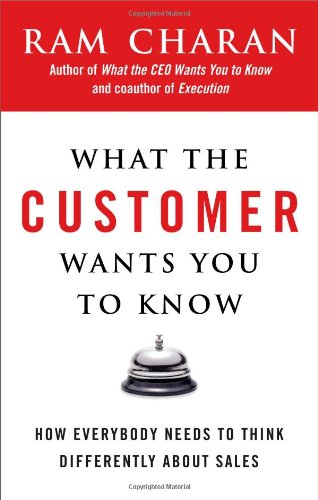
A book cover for What the Customer Wants You to Know: How Everybody Needs to Think Differently About Sales; Ram Charan; Business & Money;